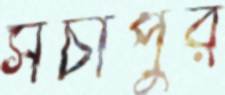
সর্চাপুর